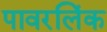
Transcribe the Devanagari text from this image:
पावरलिंक